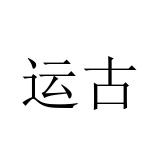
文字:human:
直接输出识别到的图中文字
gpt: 运古